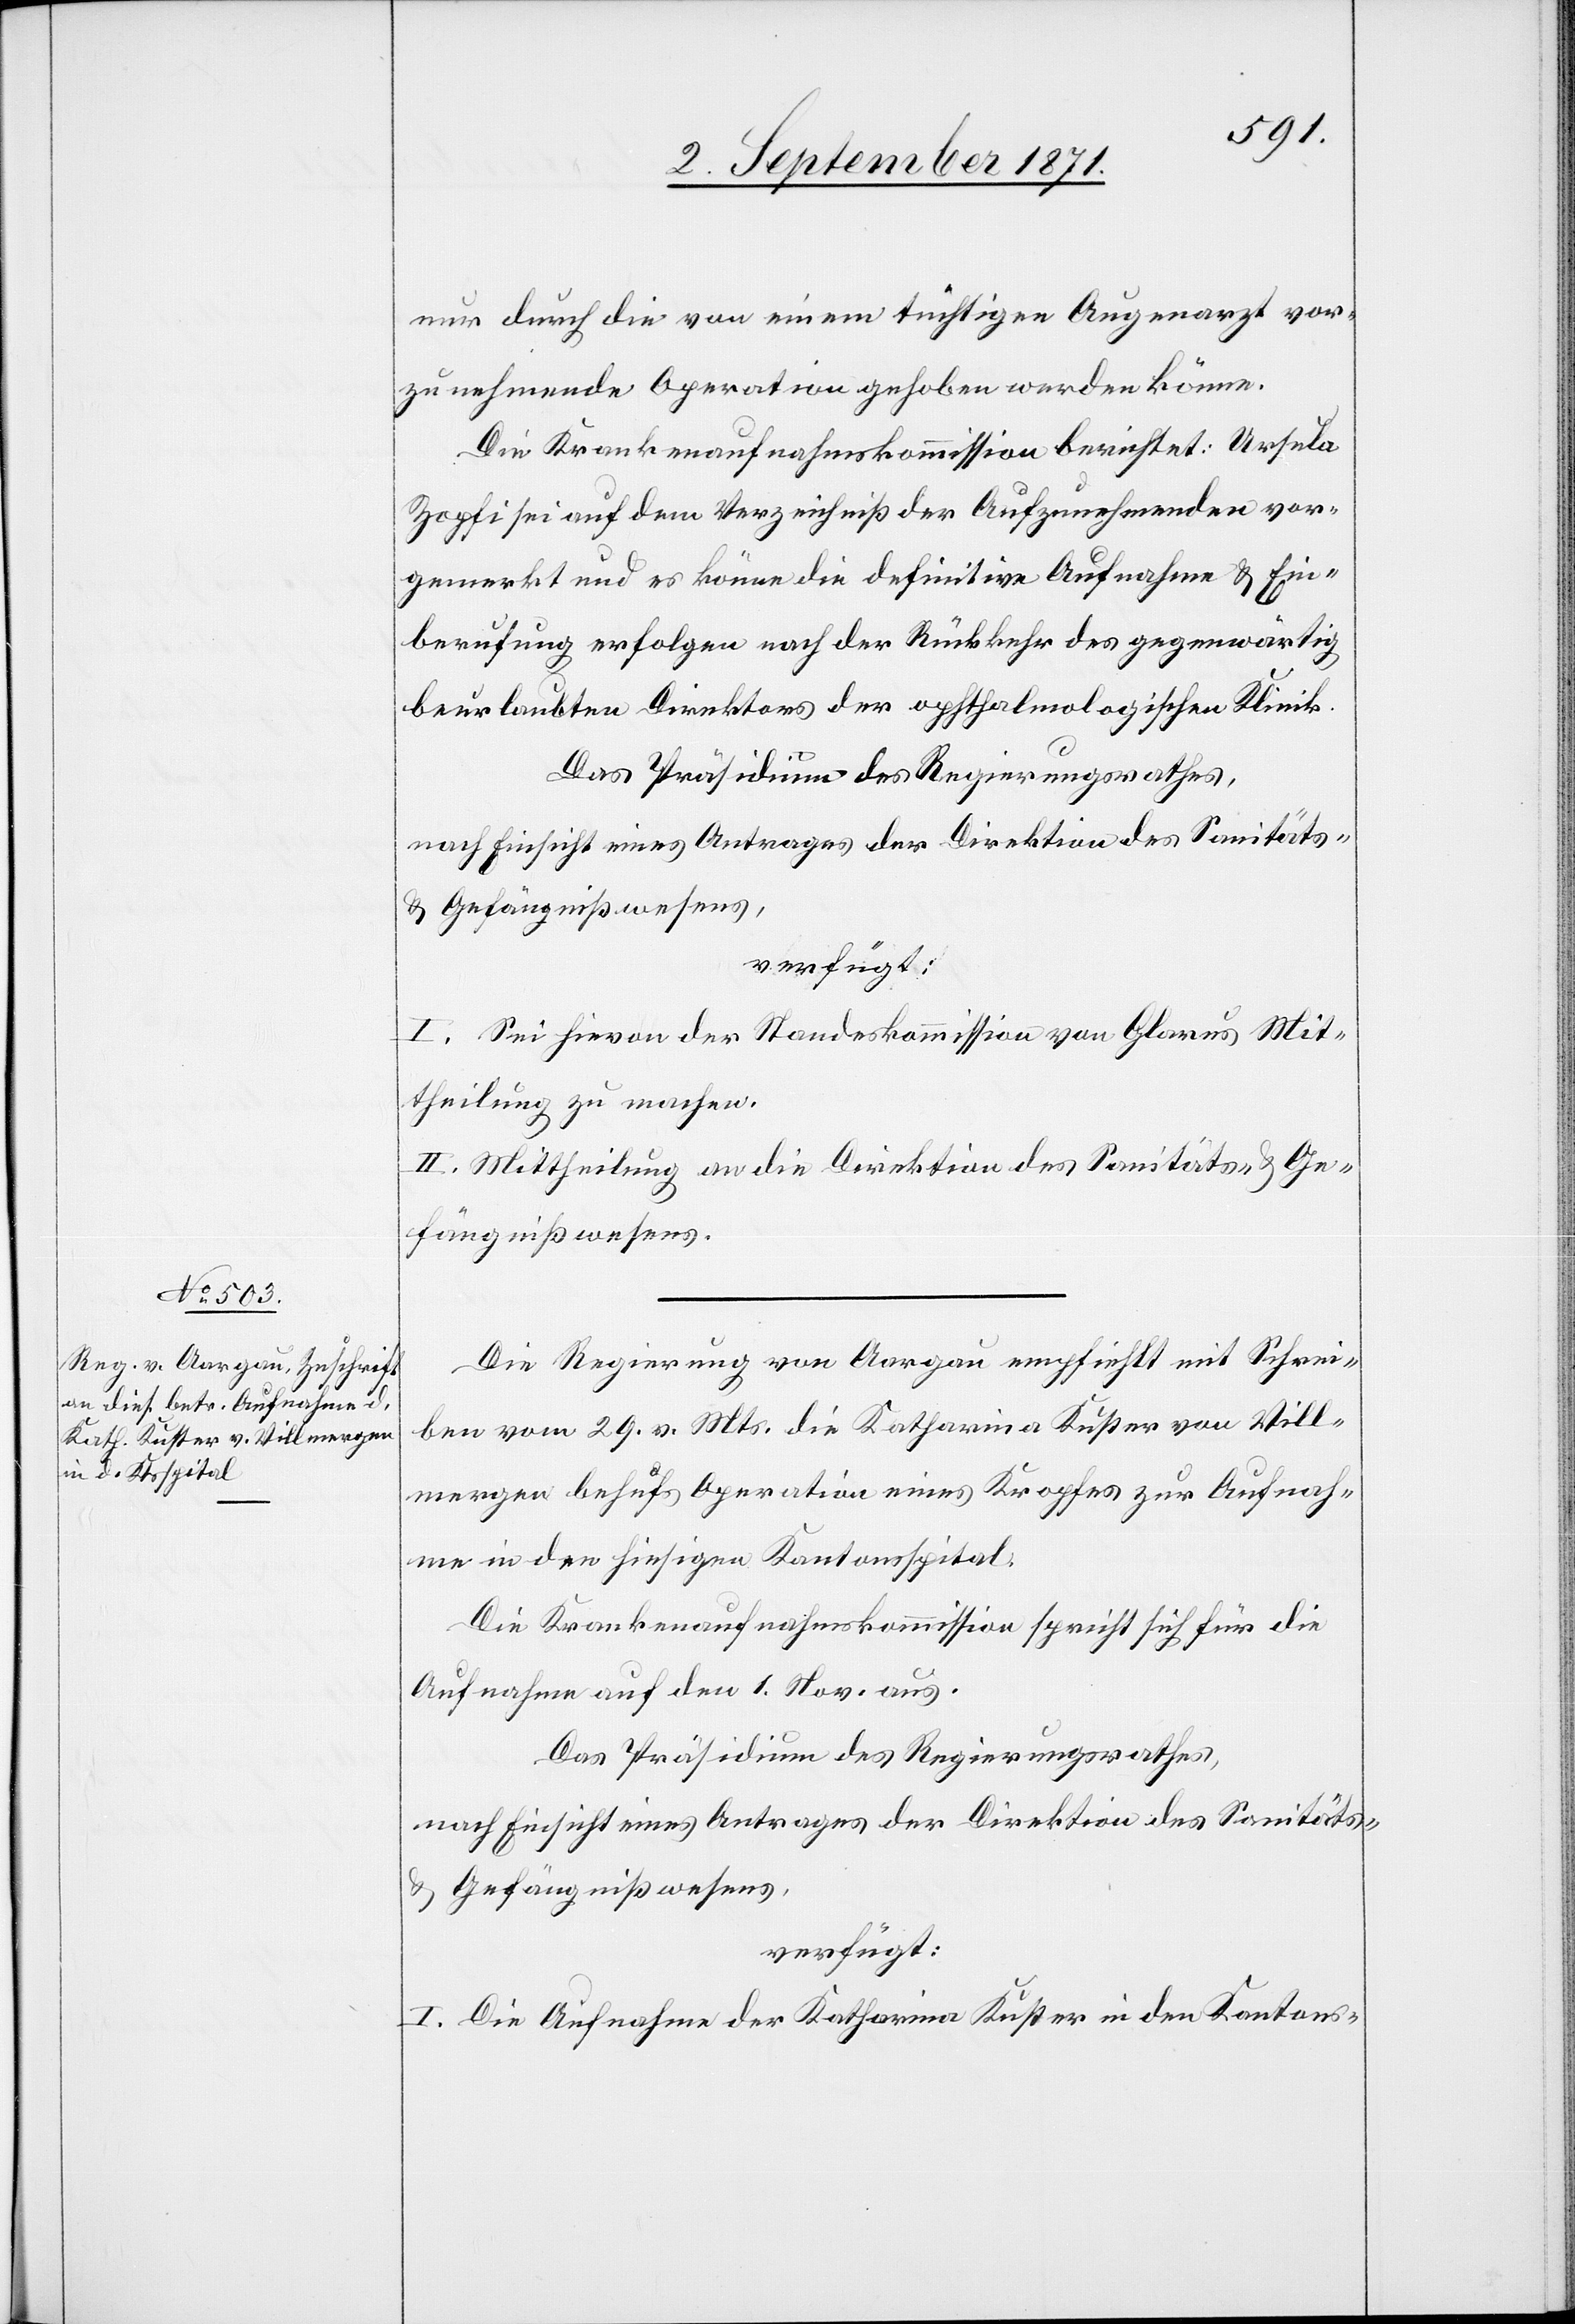
2. September 1871.]
nur durch die von einem tüchtigen Augenarzt vor¬
zunehmende Operation gehoben werden könne.
Die Krankenaufnahmskommission berichtet: Ursula
Zopfi sei auf dem Verzeichnis der Aufzunehmenden vor¬
gemerkt und es könne die definitive Aufnahme & Ein¬
berufung erfolgen nach der Rückkehr des gegenwärtig
beurlaubten Direktors der ophtalmologischen Klinik.
Das Präsidium des Regierungsrathes,
nach Einsicht eines Antrages der Direktion des Sanitäts-
verfügt:
I. Sei hirvon der Standeskommission von Glarus Mit¬
theilung zu machen.
II. Mittheilung an die Direktion des Santitäts- & Ge¬
fängnißwesens.
Die Regierung von Aargau empfiehlt mit Schrei¬
ben vom 29. v. Mts. die Katharina Kuster von Vill¬
mergen behufs Operation eines Kropfes zur Aufnah¬
me in den hiesigen Kantonsspital.
Die Krankenaufnahmskommission spricht sich für die
Aufnahme auf den 1. Nov. aus.
Das Präsidium des Regierungsrathes,
nach Einsicht eines Antrages der Direktion des Sanitäts-
& Gefängnißwesens,
verfügt:
I. Die Aufnahme der Katharina Kuster in den Kantons-